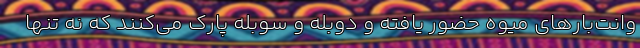
وانت‌بارهای میوه حضور یافته و دوبله و سوبله پارک می‌کنند که نه تنها